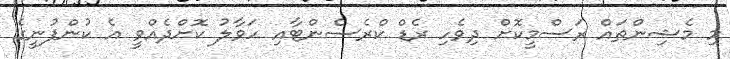
މި މެޝިންތައް ރަސްމީކޮށް ދިވެހި ރެޑް ކްރެސެންޓާއި ހަވާލު ކޮށްދެއްވީ އެ ކުންފުނީގެ